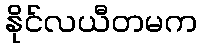
နိုင်လယီတမက